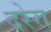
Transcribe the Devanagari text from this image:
दरेरा